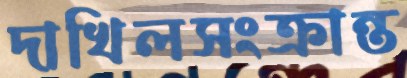
দাখিলসংক্রান্ত